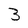
Character: 3